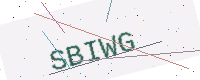
Text: SBIWG